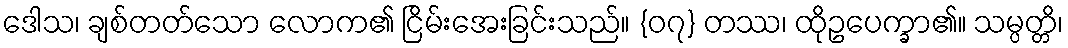
ဒေါသ၊ ချစ်တတ်သော လောက၏ ငြိမ်းအေးခြင်းသည်။ {၀၇} တဿ၊ ထိုဥပေက္ခာ၏။ သမ္ပတ္တိ၊